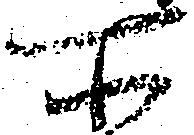
所